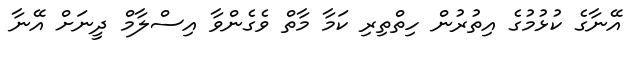
އޭނާގެ ކުޅުމުގެ އިތުރުން ހިތްތިރި ކަމާ މާތް ވެގެންވާ އިސްލާމް ދީނަށް އޭނާ